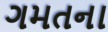
ગમતના